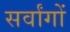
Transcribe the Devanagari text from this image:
सर्वांगों